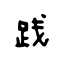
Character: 践